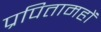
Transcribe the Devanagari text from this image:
प्रपितामहों